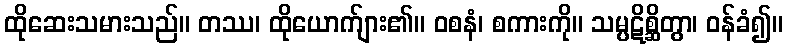
ထိုဆေးသမားသည်။ တဿ၊ ထိုယောက်ျား၏။ ဝစနံ၊ စကားကို။ သမ္ပဋိစ္ဆိတွာ၊ ဝန်ခံ၍။